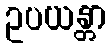
ဥပယန္တာ